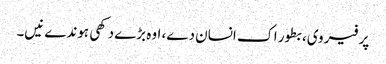
پر فیر وی، بطور اک انسان دے، اوہ بڑے دکھی ہوندے نیں۔